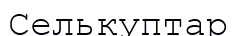
Селькуптар